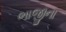
ભાજીના